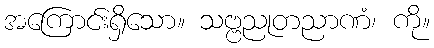
အကြောင်းရှိသော။ သဗ္ဗညုတညာဏံ၊ ကို။